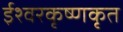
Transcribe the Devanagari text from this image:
ईश्वरकृष्णकृत